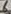
Text: 6